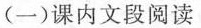
(一) 课内文段阅读